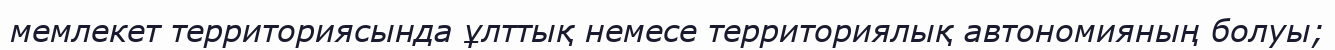
мемлекет территориясында ұлттық немесе территориялық автономияның болуы;